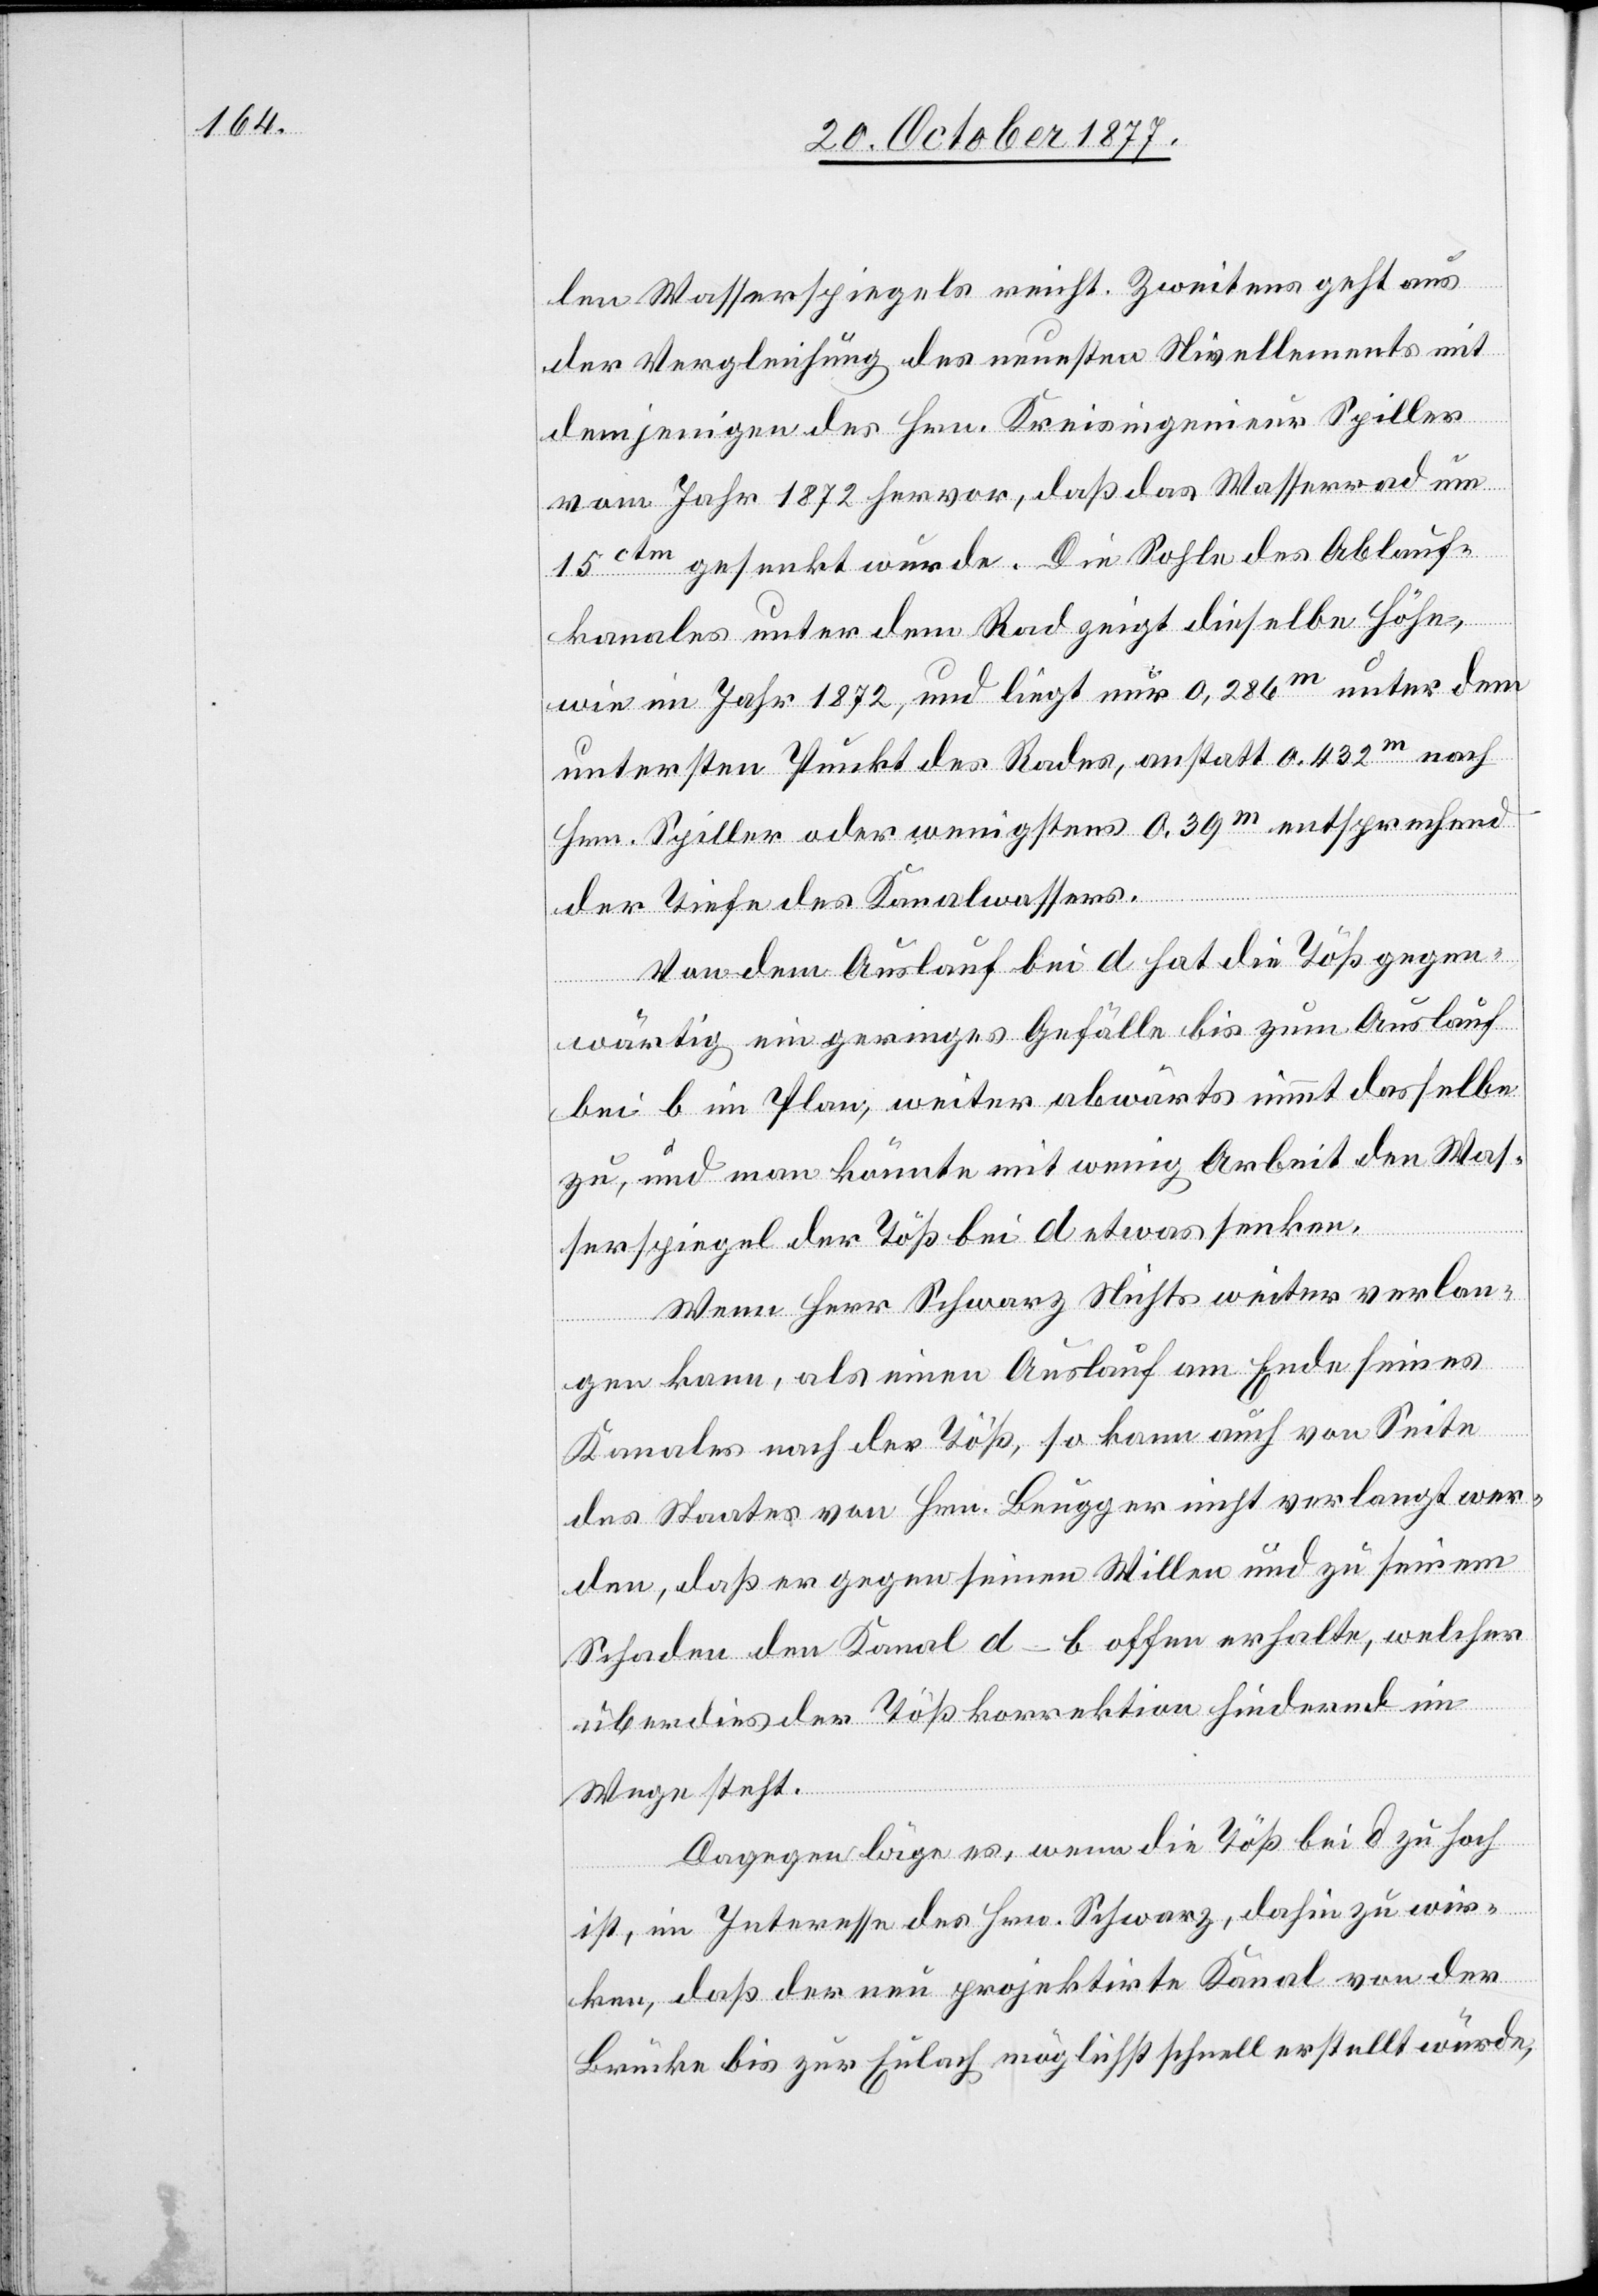
len Wasserspiegels reicht. Zweitens geht aus
der Vergleichung des neuesten Nivellements mit
demjenigen des Hrn. Kreisingenieur Spiller
vom Jahr 1872 hervor, daß das Wasserrad um
15ctm gesenkt wurde. Die Sohle des Ablauf¬
kanales unter dem Rad zeigt dieselbe Höhe,
wie im Jahr 1872, und liegt nur 0,268m unter dem
untersten Punkt des Rades, anstatt 0.432m nach
Hrn. Spiller oder wenigstens 0.39m entsprechend
der Tiefe des Kanalwassers.
Von dem Auslauf bei d hat die Töß gegen¬
wärtig ein geringes Gefälle bis zum Auslauf
bei b im Plan, weiter abwärts nimmt dasselbe
zu, und man könnte mit wenig Arbeit den Was¬
serspiegel der Töß bei d etwas senken.
Wenn Herr Schwarz Nichts weiter verlan¬
gen kann, als einen Auslauf am Ende seines
Kanales nach der Töß, so kann auch von Seite
des Staates von Hrn. Beugger nicht verlangt wer¬
den, daß er gegen seinen Willen und zu einem
Schaden den Kanal d–b offen erhalte, welcher
überdies der Tößkorrektion hindernd im
Wege steht.
Dagegen läge es, wenn die Töß bei d zu hoch
ist, im Interesse des Hrn. Schwarz, dahin zu wir¬
ken, daß der neu projektirte Kanal von der
Brücke bis zur Eulach möglichst schnell erstellt würde,